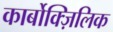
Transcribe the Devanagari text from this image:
कार्बोक्ज़िलिक